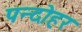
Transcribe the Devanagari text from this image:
पन्दोहर